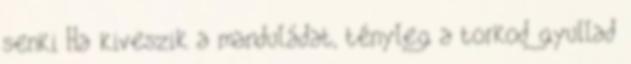
senki Ha kiveszik a manduládat, tényleg a torkod gyullad